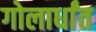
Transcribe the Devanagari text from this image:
गोलार्धांत